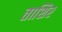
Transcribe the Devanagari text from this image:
ताशिर